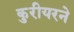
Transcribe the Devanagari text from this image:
कुरीयरने